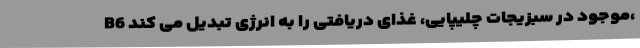
B6 موجود در سبزیجات چلیپایی، غذای دریافتی را به انرژی تبدیل می کند،